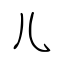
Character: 儿